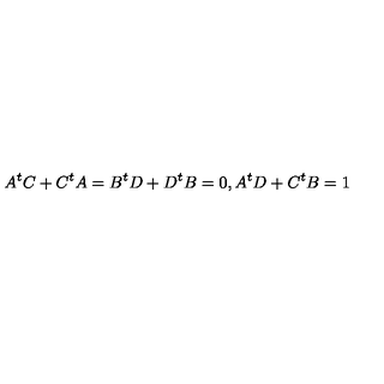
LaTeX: A ^ { t } C + C ^ { t } A = B ^ { t } D + D ^ { t } B = 0 , A ^ { t } D + C ^ { t } B = 1